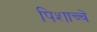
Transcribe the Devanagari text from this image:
पिशाच्चें